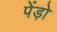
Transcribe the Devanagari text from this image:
पेंड़ो